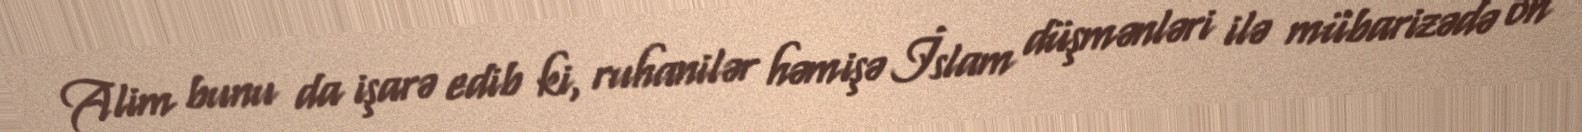
Alim bunu da işarə edib ki, ruhanilər həmişə İslam düşmənləri ilə mübarizədə ön